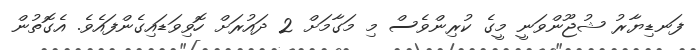
ފަނޑިޔާރު ޝުޖޫންވަނީ މީގެ ކުރިންވެސް މި މަގާމަށް 2 ދައުރަށް ހޮވިވަޑައިގެންފައެވެ. އެގޮތުން